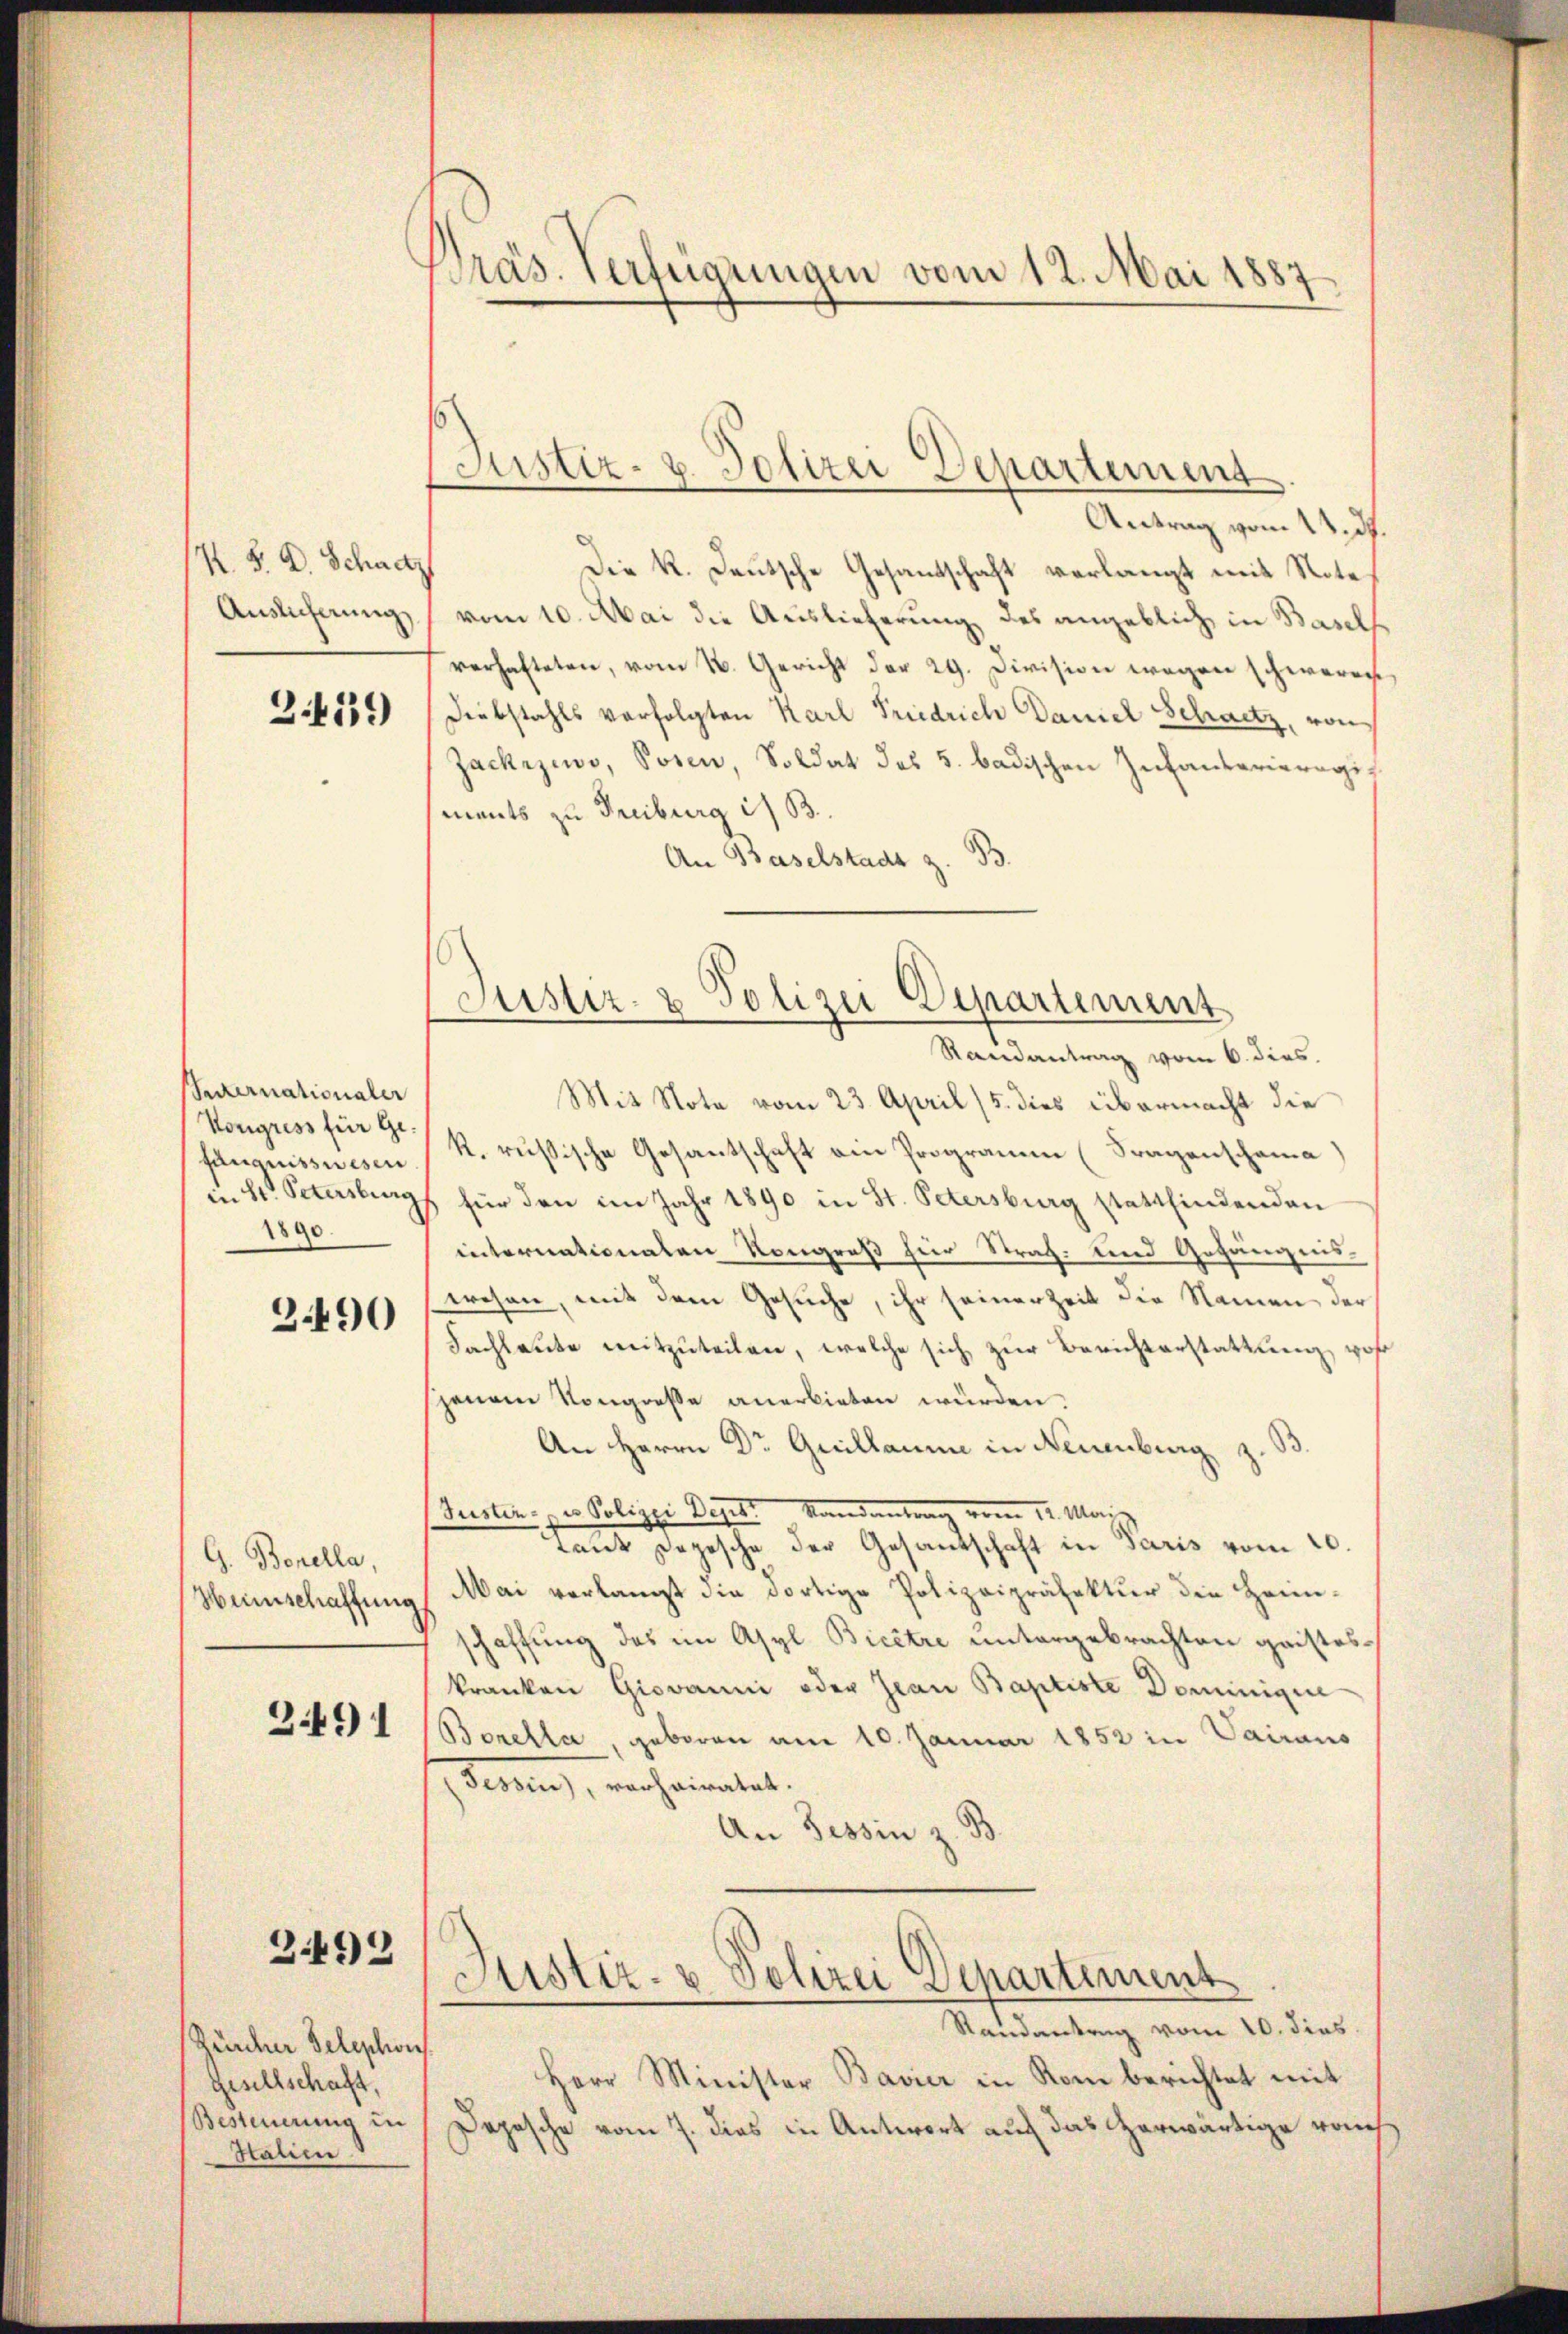
K. S. D. Schad
Auslicherung

2439)

Internationaler
Kongress für Gefängnisswesen.
in St. Petersburg
0
2
¬

2490

G. Bonella,
Heimschaffung

3491

2492

Zürcher Telephon
Gesellschaft,
Halien

Präs. Verfügungen vom 12. Mai 1887

Justiz- & Polizei Departement

Antrag vom 13. d.
Die K. Deutsche Gesandschaft verlangt mit Note,
vom 10. Mai die Auslieferung des angeblich in Basell
verhafteten, vom 1. Gericht der 29. Division wegen schweren,
Diebstahls verfolgten Karl Friedrich Daniel Schatz, von
Jackejewo, Posen, Soldat des 5. badischen Infanterieregiments zu Freiburg i. B.
An Baselstadt z. B.

Justiz- & Polizei Departement
Randantrag vom 6. dies

Mit Note vom 23. April (5. dies übermacht die
k. russische Gesantschaft ein Programm (Fragenschama
für den im Jahr 1890 in St. Petersburg stattfindenden
internationalen Kongreß für Straf- und Gefängniswesen, mit dem Gesuche, ihr seiner Zeit die Namen der
Fachlaute mitzuteilen, welche sich zur Berichterstattung, woh
jenem Kongresse anerbieten würden.
An Herrn Dr Quillaume in Neuenburg z.
Pusten zur Polizei Depesi Hand vom 12. Manz
tant Depesche der Gesantschaft in Paris vom 20.
Mai verlangt die dortige Polizeipräfektur die Heim-
schaffung des im Asyl Bicêtre untergebrachten geisteskranken Giovanni oder Jean Baptiste Dominigere
Borella, geboren am 10. Januar 1852 in Vairaus
) Ferien, verheiratet.
An Tessin z. B.

Justiz- & Polizei Departement

Randantrag vom 10. dies
Herr Minister Bavier in Rom berichtet mit
Besteuerung in Depesche vom 7. dies in Antwort auf das erwärtige rauch